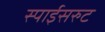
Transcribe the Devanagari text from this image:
स्पाईसरुट